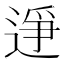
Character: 𫐭